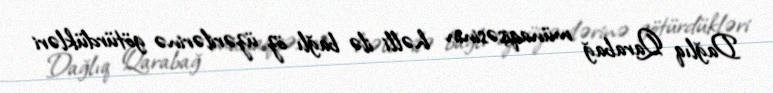
Dağlıq Qarabağ münaqişəsinin həlli ilə bağlı öz üzərilərinə götürdükləri